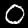
Label: 0